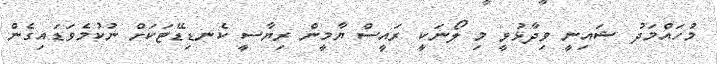
މުހައްމަދު ޝައިނީ ވިދާޅުވީ މި ލޯނަކީ ރައީސް ޔާމީން ރިޔާސީ ކެނޑިޑޭޓަކަށް ނުކުމެވަޑައިގެން